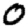
Digit: 0